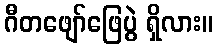
ဂီတဖျော်ဖြေပွဲ ရှိလား။